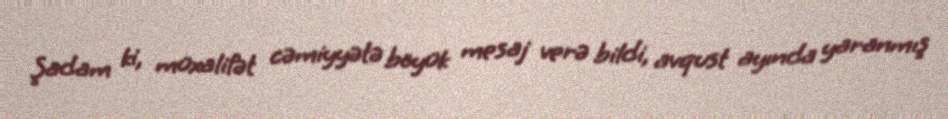
Şadam ki, müxalifət cəmiyyətə böyük mesaj verə bildi, avqust ayında yaranmış